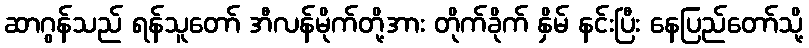
ဆာဂွန်သည် ရန်သူတော် အီလန်မိုက်တို့အား တိုက်ခိုက် နှိမ် နင်းပြီး နေပြည်တော်သို့